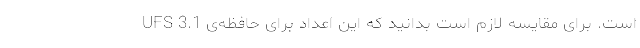
است. برای مقایسه لازم است بدانید که این اعداد برای حافظه‌ی 3.1 UFS